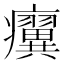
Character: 𤼌